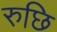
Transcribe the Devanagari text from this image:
रुछि